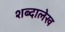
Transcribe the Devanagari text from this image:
शब्दालेख